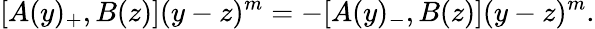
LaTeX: [A(y)_{+},B(z)](y-z)^{m}=-[A(y)_{-},B(z)](y-z)^{m}.